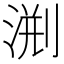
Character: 𣷨